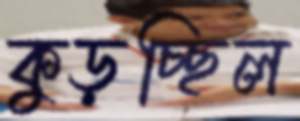
কুড়চ্ছিল